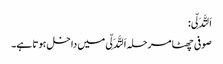
اَلتَّدَلِّی:
صوفی چھٹا مرحلہ اَلتَّدَلِّی میں داخل ہوتا ہے۔